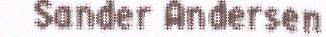
Sander Andersen